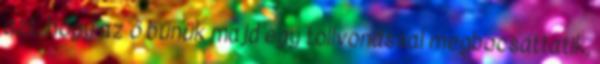
azt, hogy az ő bűnük majd egy tollvonással megbocsáttatik,